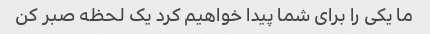
ما یکی را برای شما پیدا خواهیم کرد یک لحظه صبر کن